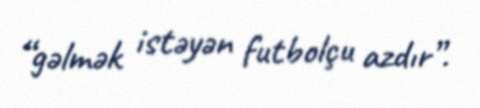
“gəlmək istəyən futbolçu azdır”.